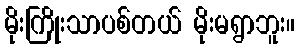
မိုးကြိုးသာပစ်တယ် မိုးမရွာဘူး။